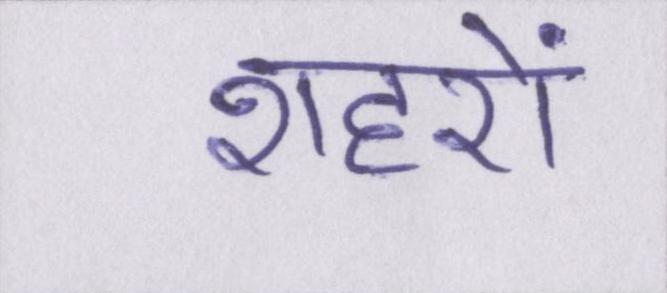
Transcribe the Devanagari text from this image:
शहरों